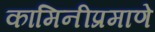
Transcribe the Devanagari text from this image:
कामिनीप्रमाणे